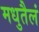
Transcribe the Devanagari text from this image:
मधुतैलं